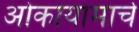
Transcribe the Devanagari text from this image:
ओकायामाचे